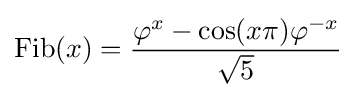
\operatorname {Fib} (x)={\frac {\varphi ^{x}-\cos(x\pi )\varphi ^{-x}}{\sqrt {5}}}